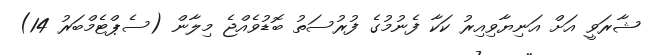
ޝާރަވީ އަށް އަނިޔާވިއިރު ކަކާ ފެނުމުގެ ފުރުސަތު ބޮޑުވެއްޖެ މިލާން (ސެޕްޓެމްބަރު 14)